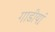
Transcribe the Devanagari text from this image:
गाडीयां